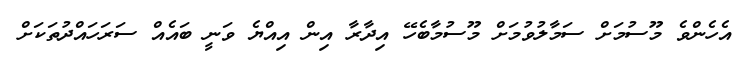
އެހެންވެ މޫސުމަށް ސަމާލުވުމަށް މޫސުމާބެހޭ އިދާރާ އިން އިއްޔެ ވަނީ ބައެއް ސަރަހައްދުތަކަށް